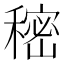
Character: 𰨷